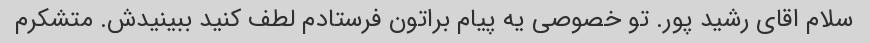
سلام اقای رشید پور. تو خصوصی یه پیام براتون فرستادم لطف کنید ببینیدش. متشکرم